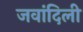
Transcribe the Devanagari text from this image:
जवांदिली